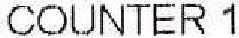
COUNTER 1